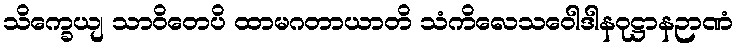
သိက္ခေယျ သာဝိတေပိ ထာမဂတာယာတိ သံကိလေသဝေါဒါနဝုဋ္ဌာနဉာဏံ